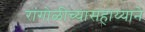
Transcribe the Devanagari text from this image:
रांगोळीच्यासहाय्याने